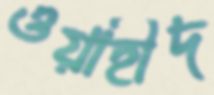
ওয়াহীদ